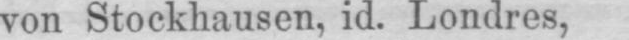
von Stockhausen, id. Londres,